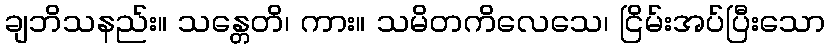
ချဘိသနည်း။ သန္တေတိ၊ ကား။ သမိတကိလေသေ၊ ငြိမ်းအပ်ပြီးသော